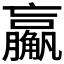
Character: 𬢙